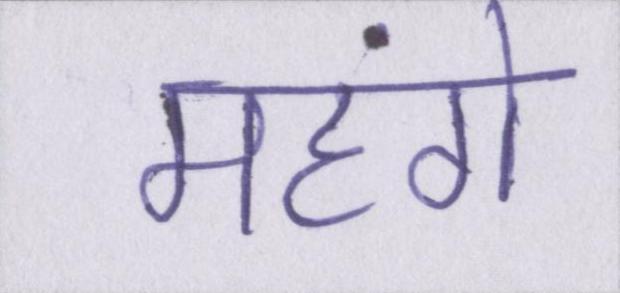
महंगे